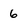
Character: 6